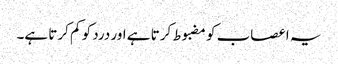
یہ اعصاب کو مضبوط کرتا ہے اور درد کو کم کرتا ہے۔